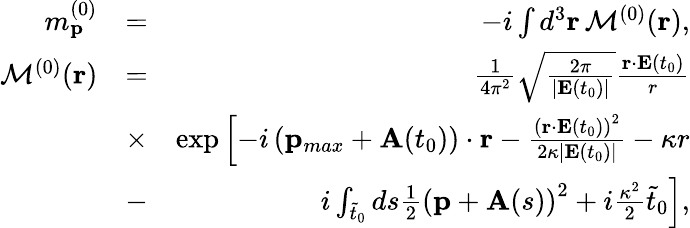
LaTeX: \begin{array}{rlr}{m_{\mathbf{p}}^{(0)}}&{=}&{-i\int d^{3}\mathbf{r}\, {\cal M}^{(0)}(\mathbf{r}),}\\ {{\cal M}^{(0)}(\mathbf{r})}&{=}&{\frac{1}{4\pi^{2}}\sqrt{\frac{2\pi}{|\mathbf{E}(t_{0})|}}\frac{\mathbf{r}\cdot\mathbf{E}(t_{0})}{r}}\\ &{\times}&{\exp\left[-i\left(\mathbf{p}_{max}+\mathbf{A}(t_{0})\right)\cdot\mathbf{r}-\frac{\left(\mathbf{r}\cdot\mathbf{E}(t_{0})\right)^{2}}{2\kappa|\mathbf{E}(t_{0})|}-\kappa r\right.}\\ &{-}&{i\left.\int_{\tilde{t}_{0}}ds\frac{1}{2}\left(\mathbf{p}+\mathbf{A}(s)\right)^{2}+i\frac{\kappa^{2}}{2}\tilde{t}_{0}\right],}\end{array}